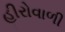
હીરોવાળી